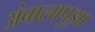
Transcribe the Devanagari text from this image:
अंबालापुझा